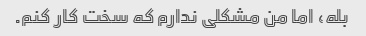
بله، اما من مشکلی ندارم که سخت کار کنم.